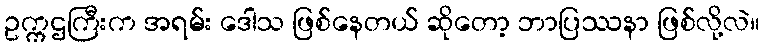
ဥက္ကဌကြီးက အရမ်း ဒေါသ ဖြစ်နေတယ် ဆိုတော့ ဘာပြဿနာ ဖြစ်လို့လဲ။